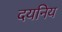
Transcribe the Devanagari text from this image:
दयनिय